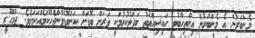
މެންބަރުން އެ މެންބަރުން އިންތިހާބުވީ ހައިސިއްޔަތު ބަދަލުކުރުމަކީ ވަރަށް ބޮޑަށް ކަންބޮޑުވާންޖެހޭކަމެއްކަމަށެވެ. ޖުމްހޫރީ